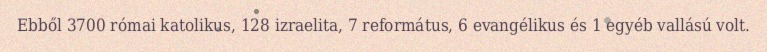
Ebből 3700 római katolikus, 128 izraelita, 7 református, 6 evangélikus és 1 egyéb vallású volt.